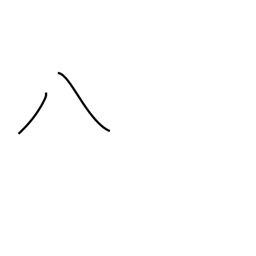
Meaning: eight